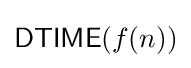
{\mathsf {DTIME}}(f(n))